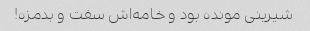
شیرینی مونده بود و خامه‌اش سفت و بدمزه!